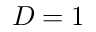
D = 1